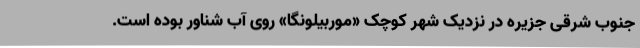
جنوب شرقی جزیره در نزدیک شهر کوچک «موربیلونگا» روی آب شناور بوده است.